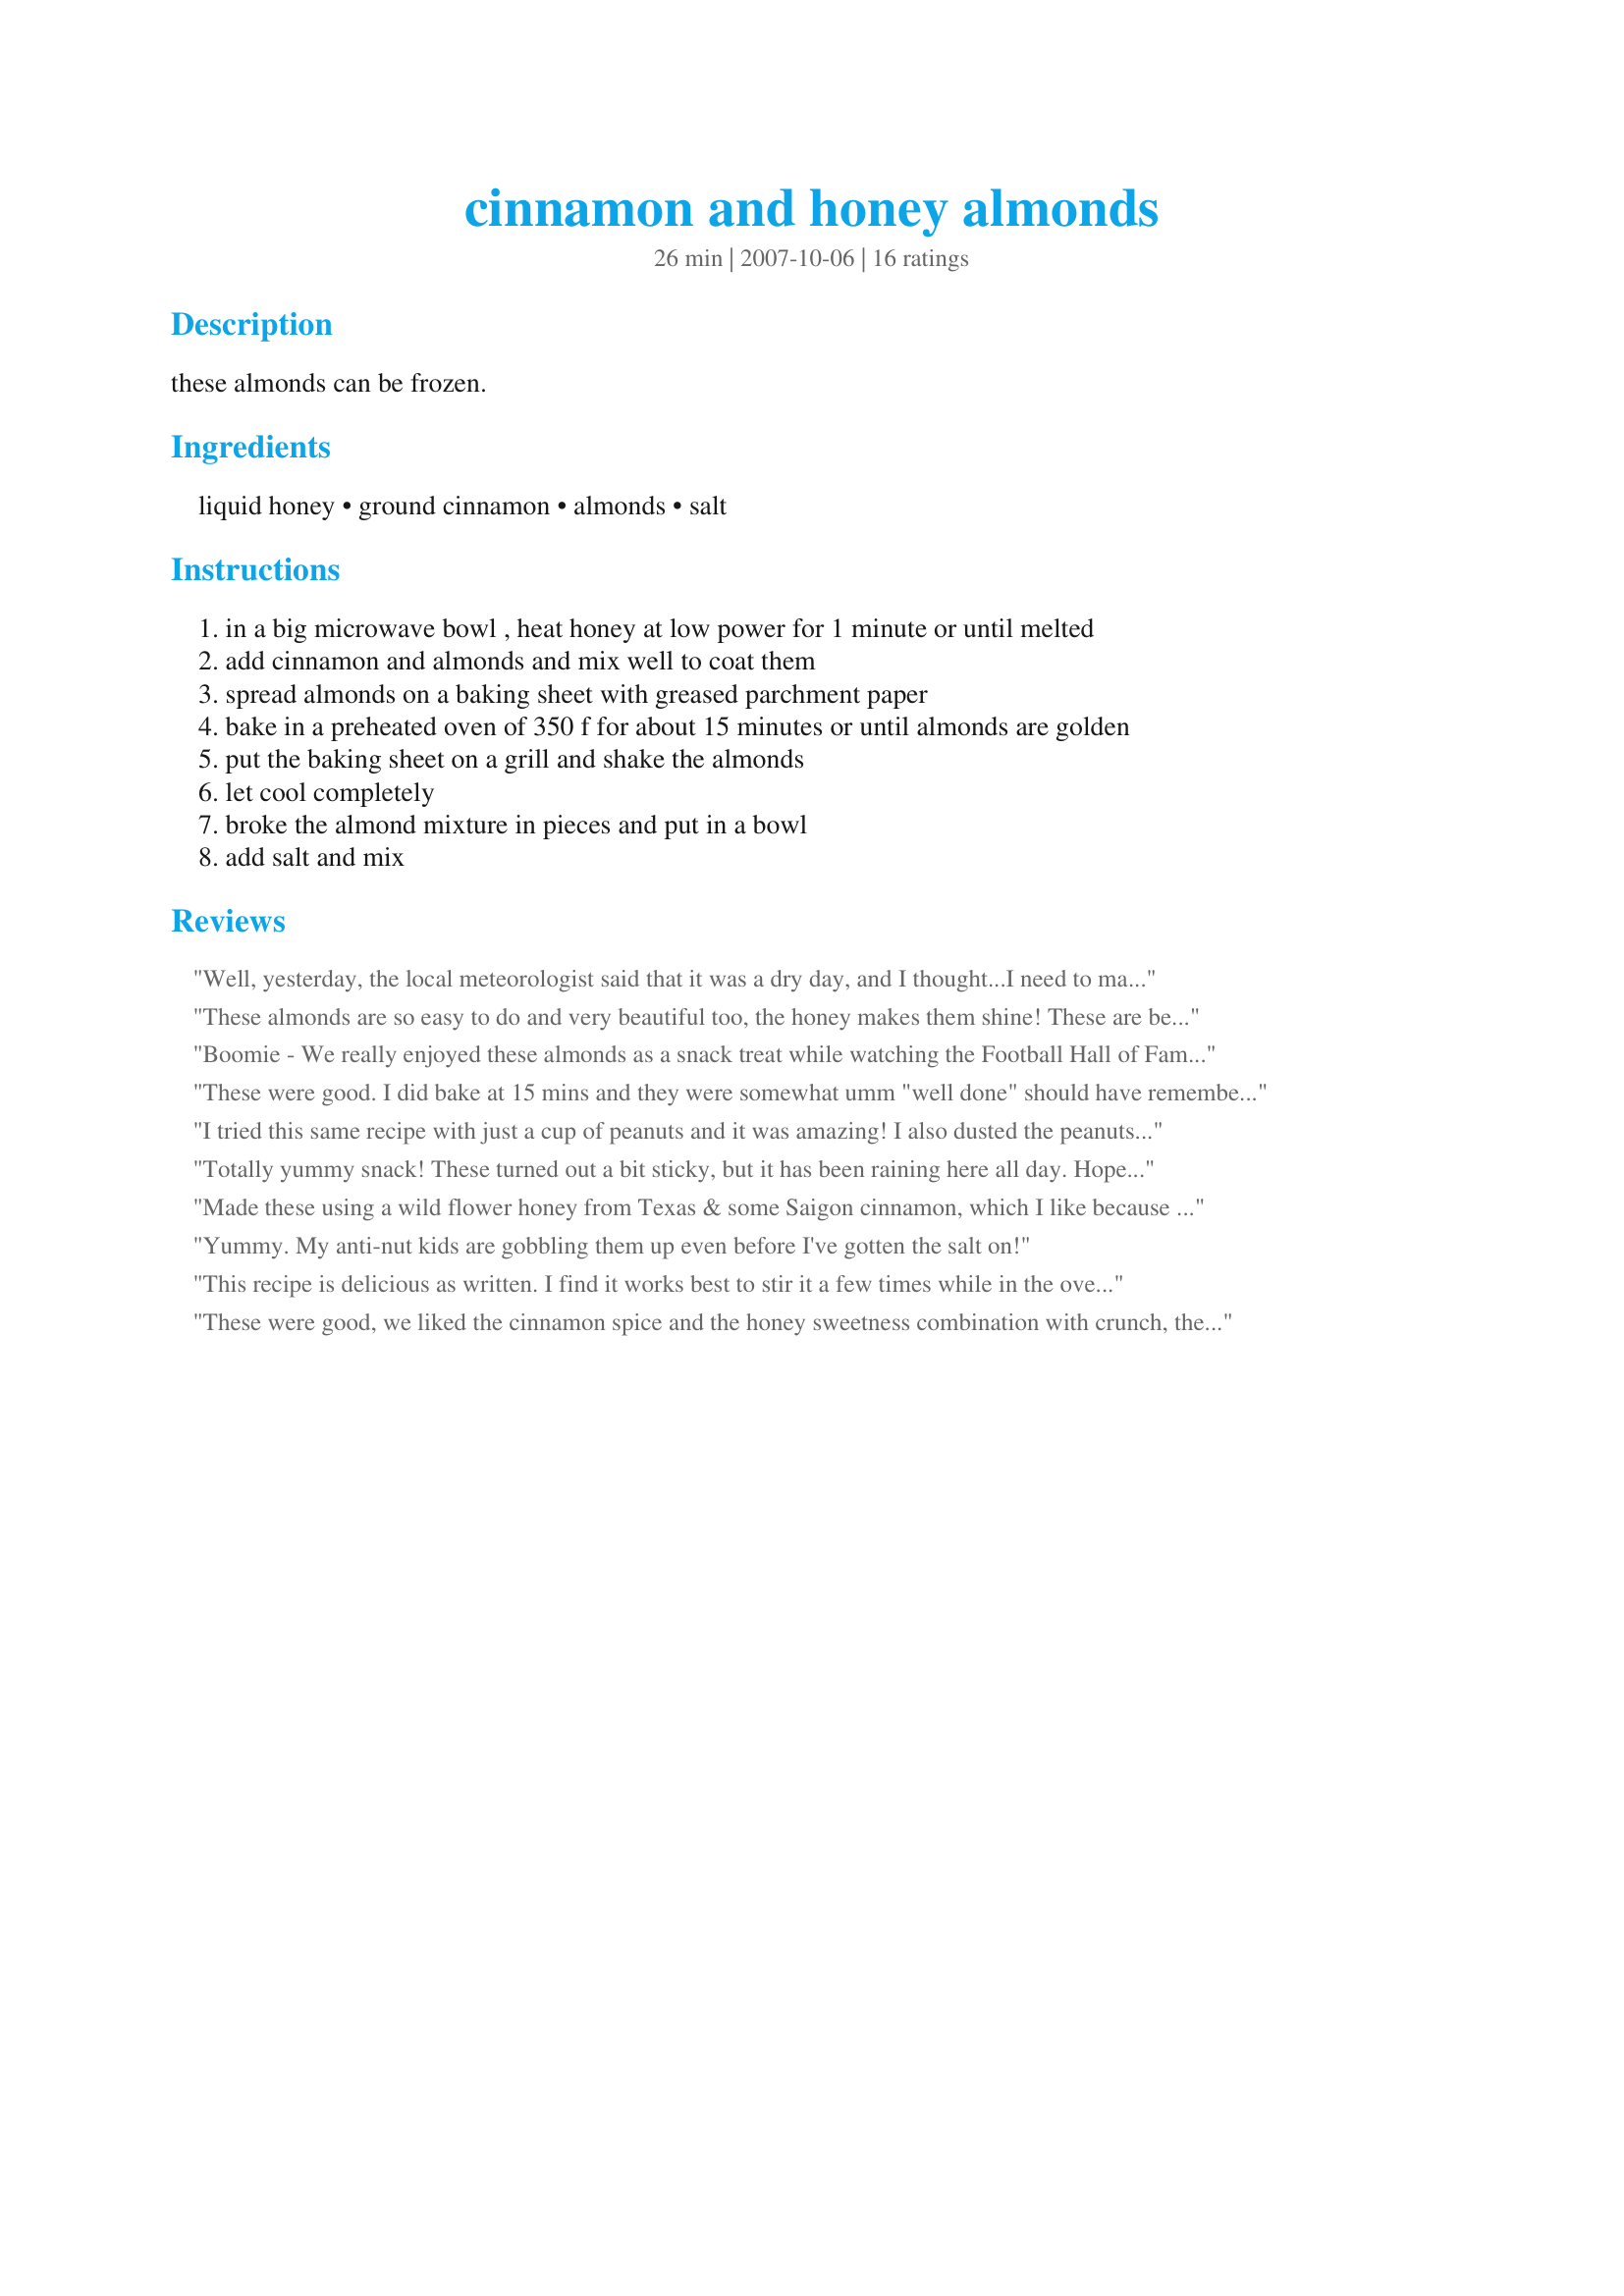
cinnamon and honey almonds
Preparation time: 26 minutes

these almonds can be frozen.

Ingredients:
liquid honey, ground cinnamon, almonds, salt

Steps:
in a big microwave bowl , heat honey at low power for 1 minute or until melted
add cinnamon and almonds and mix well to coat them
spread almonds on a baking sheet with greased parchment paper
bake in a preheated oven of 350 f for about 15 minutes or until almonds are golden
put the baking sheet on a grill and shake the almonds
let cool completely
broke the almond mixture in pieces and put in a bowl
add salt and mix

Reviews:
Well, yesterday, the local meteorologist said that it was a dry day, and I thought...I need to make these almonds. Apparently it wasn't dry enough as these are a bit sticky. I took a page from the other reviews and check mine after 10 minutes. DONE! They are great and I think I'll be sharing these with some of my 'lucky' friends this holiday season. Thanks for sharing, Boomette.
These almonds are so easy to do and very beautiful too, the honey makes them shine! These are best eaten the the day after, I made these last night around 6pm and at 10pm they were still very sticky and a little bit soft; however, this morning they were just perfect!
Boomie - We really enjoyed these almonds as a snack treat while watching the Football Hall of Fame inductions. The kids loved the cinnamon and honey!! They eat almonds all the time as a snack and now this is a fun and quick way to make them a snack. Thanks for sharing. Made for 1.2.3 Hit Wonders tag game.
These were good. I did bake at 15 mins and they were somewhat umm "well done" should have remembered my oven runs hot. That being said this was a very quick and easy snack. One that I would go to again in a heartbeat.
I tried this same recipe with just a cup of peanuts and it was amazing! I also dusted the peanuts with a quarter tsp. of ginger powder at the very end and it added a nice spicy kick. I also turned the oven off at 15 min and let them sit inside for another ten.
Totally yummy snack! These turned out a bit sticky, but it has been raining here all day. Hopefully tomorrow they will dry up, since finally the rain has stopped! The taste is exquisite....thanks for sharing!
Made these using a wild flower honey from Texas & some Saigon cinnamon, which I like because of its extra strong taste! And all for a worthy cause, too, because these almonds turned out to be absolutely wonderful! I actually made them three times since tagging the recipe! Many thanks for posting it! [Made & reviewed in Everyday Is a Holiday tag]
Yummy. My anti-nut kids are gobbling them up even before I've gotten the salt on!
This recipe is delicious as written. I find it works best to stir it a few times while in the oven. The baking time varies but about 13 minutes works best usually. I also find that the general principle of baking with honey works with all kinds of spices. One I really like is to replace the cinnamon with ground/dried hot peppers. There are endless variations with different nut, seed and spice combos.
These were good, we liked the cinnamon spice and the honey sweetness combination with crunch, the only problem was that the honey was fine in one of the unheated rooms at the back of the house where I put them to cool safely once out of the oven... but once in the warm living room for eating, the honey became sticky quite fast so these were rather messy to eat. Maybe I will try again wuth a different brand of honey (I used a Fair Trade organic honey) Please see my rating system: 4 stars for a tasty recipe that I will work on re stickyness, Thanks!
This recipe is so simple and so delicious. Followed the recipe as written. I will be making these again for holiday gifts.
Was great as is; I'd echo the 10 minute watch time. I did try a portion of these sprinkled with the least little bit of cayenne pepper, when they had 2 minutes left on the timer. Mmmm. Good either way.
Mmm, these almonds are super tasty-the flavours of cinnamon and honey go so well together and the salt really adds a nice touch. Also they are so fast and easy to put together that you can have them any time really. Thats always a plus for me. Oh and the smell while baking was absolutely heavenly. It reminded me of the smell of a fair. :)
Your instructions are clear and easy to follow, but had I left the almonds in the oven for 15 minutes at the stated temp, they would have been partly burned...Glad I checked on them after 10 minutes. :)
Anyways, this is a lovely treat!
THANKS SO MUCH for sharing this super recipe with us, Boomie!
Made and reviewed for Everyday Is A Holiday Tag Game September 09.
Yummy! These were on my To Make List for Christmas, but never did! So a very cold day seemed like,the time! Delicious! I may try a few variations another time, but I love as is!
Very good, but a little sticky! These little guys are very taste!
Thanks
My plan was to serve these to top off a salad. Unfortunately by the time dinner time rolled around there were none left! I needed to use up some walnuts so I used those in place of the almonds. The combination of the cinnamon with honey was yummy!
